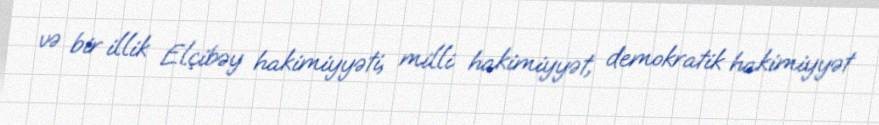
və bir illik Elçibəy hakimiyyəti, milli hakimiyyət, demokratik hakimiyyət